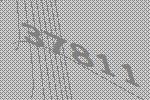
37811